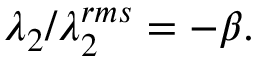
\lambda _ { 2 } / \lambda _ { 2 } ^ { r m s } = - \beta .